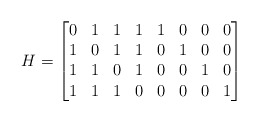
\begin{align*}H = \begin{bmatrix}0 & 1 & 1 & 1 & 1 & 0 & 0 & 0\\1 & 0 & 1 & 1 & 0 & 1 & 0 & 0\\1 & 1 & 0 & 1 & 0 & 0 & 1 & 0\\1 & 1 & 1 & 0 & 0 & 0 & 0 & 1\end{bmatrix}\end{align*}